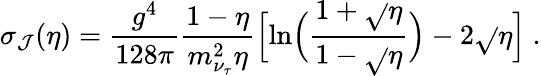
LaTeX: \sigma_{\mathcal{J}}(\eta)=\frac{{g^{4}}}{{128\pi}}\frac{{1-\eta}}{{m_{\nu_{\tau}}^{2}\eta}}\Bigl[\ln\Bigl(\frac{{1+\sqrt{}{{\eta}}}}{{1-\sqrt{}{{\eta}}}}\Bigr)-2\sqrt{}{{\eta}}\Bigr]~.